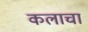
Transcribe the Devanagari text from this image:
कलाचा